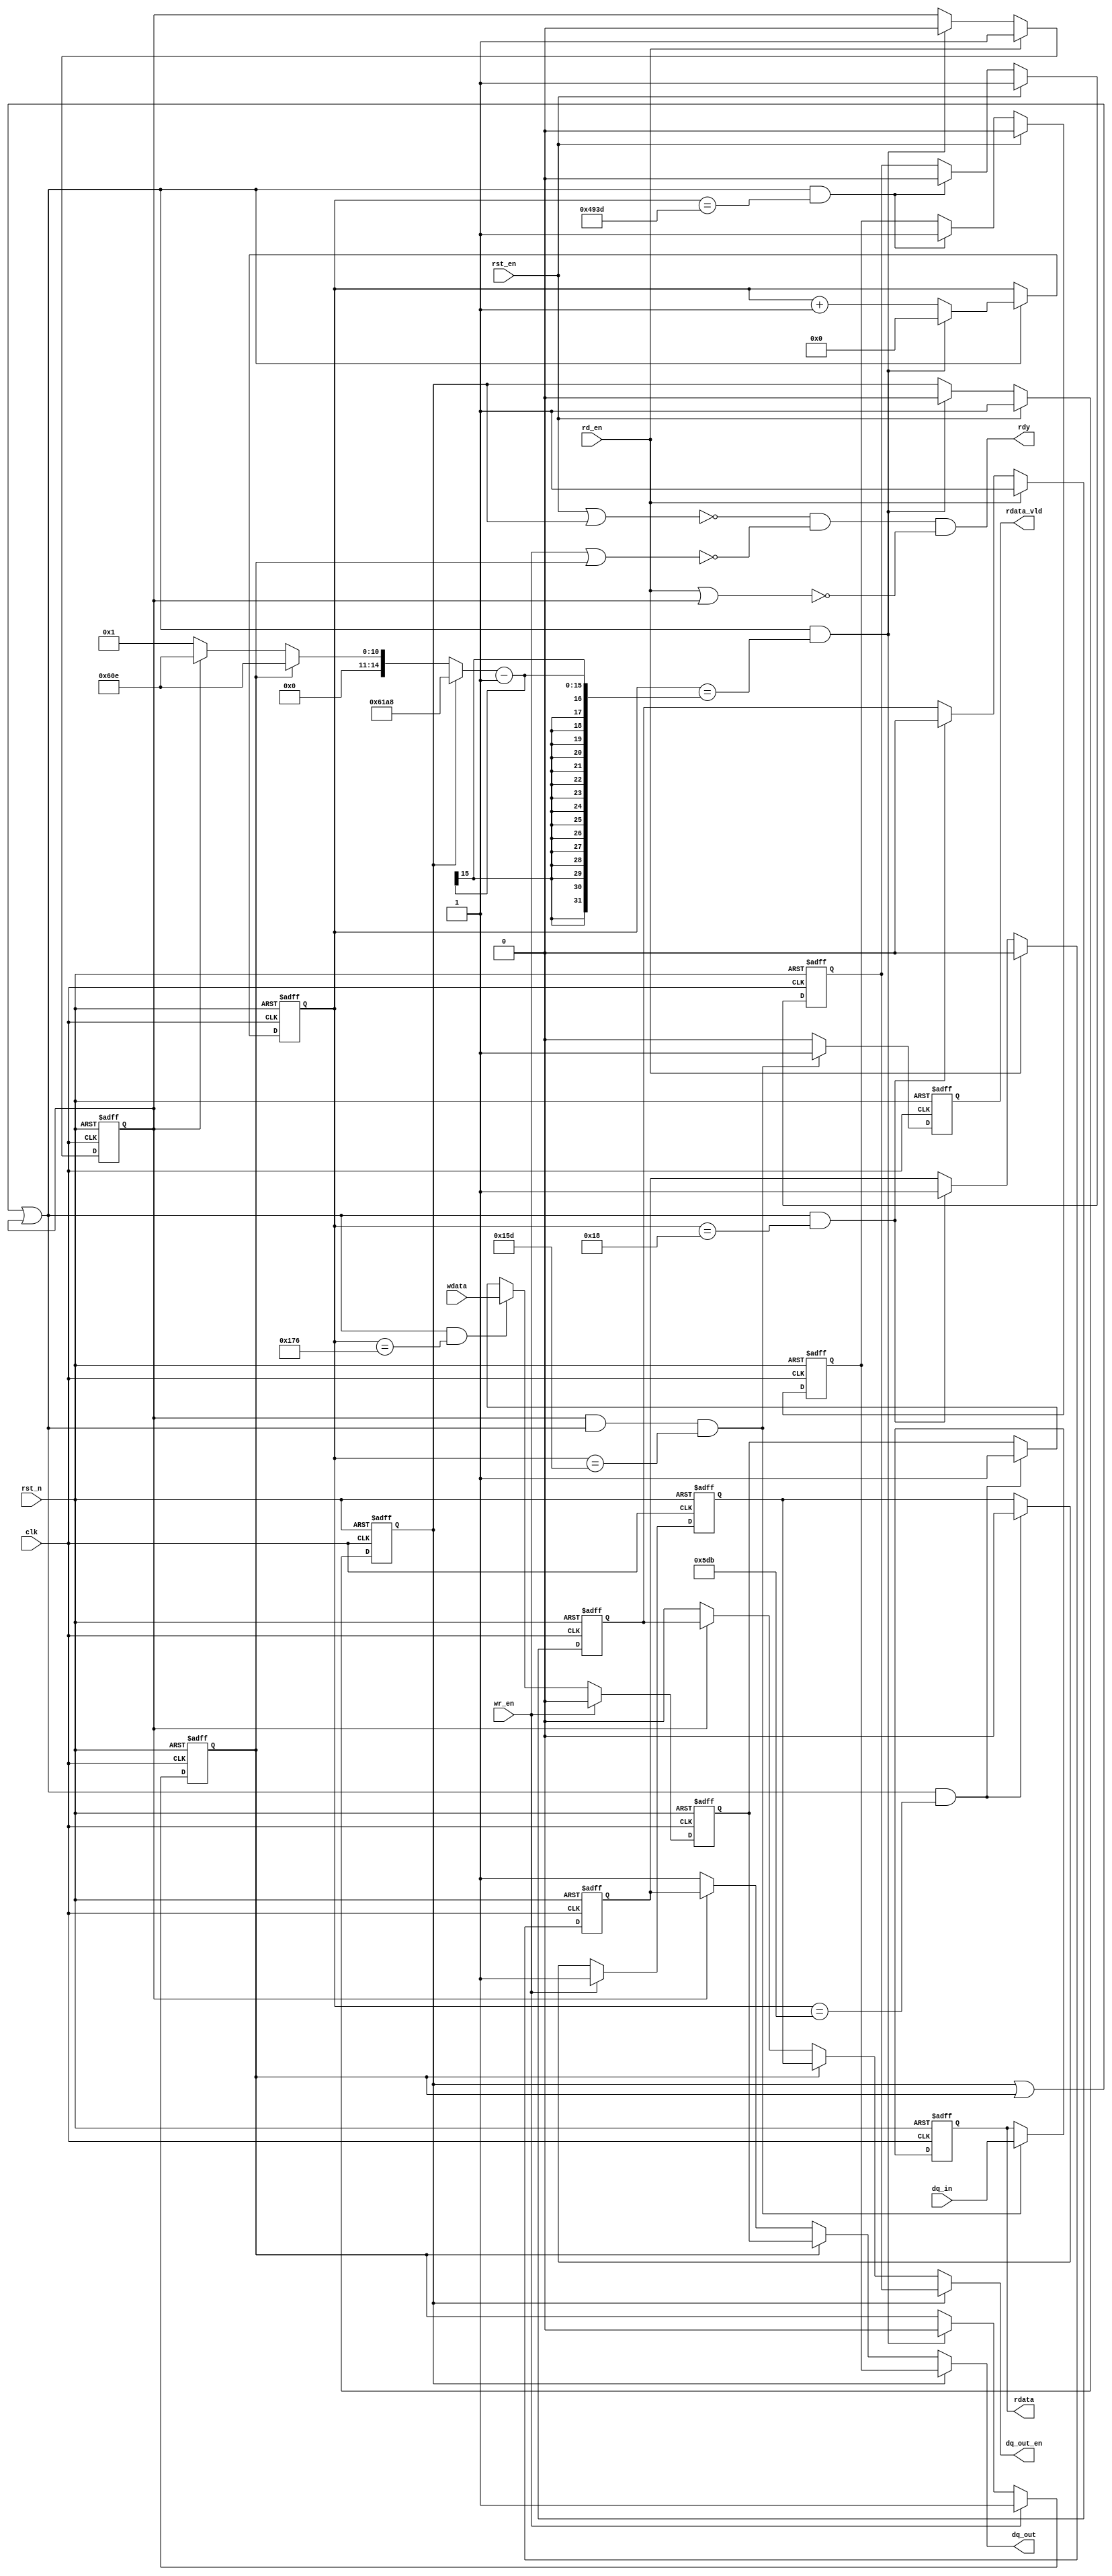
// 18b20 
// dq_outrdyalways

module ds_intf_bit(
    clk      ,
    rst_n    ,
    rst_en   ,
    wr_en    ,
    wdata    ,
    rd_en    ,
    rdata    ,
    rdata_vld,
    dq_out   ,
    dq_out_en,
    dq_in    , 
    rdy       
    );

    parameter        CNT_1000US = 15'd25000; // 1000us
    parameter        CNT_750US = 15'd18750;
    parameter        CNT_15US = 15'd375;
    parameter        CNT_60US = 15'd1500;
    parameter        CNT_62US = 15'd1550;
    parameter        CNT_1US  = 15'd25;
    parameter        CNT_14US = 15'd350;

    input               clk       ;
    input               rst_n     ;
    input               rst_en    ;
    input               wr_en     ;
    input               wdata     ;
    input               rd_en     ;
    input               dq_in     ;

    output reg             rdata     ;
    output reg             rdata_vld ;
    output reg             dq_out    ;
    output reg             dq_out_en ;
    output              rdy       ;

    

    reg  [14:0]         x;
    reg  [14:0]         cnt;
    wire                add_cnt;
    wire                end_cnt;
    reg                 flag_rst;
    reg                 dq_out1;
    reg                 dq_out_en1;
  
    reg                 flag_wr;
    reg                 dq_out2;
    reg                 dq_out_en2;

    reg                 flag_rd;
    reg                 dq_out3;
    reg                 dq_out_en3;

    wire                rdy1;
    wire                rdy2;
    wire                rdy3;

    // 
    always @(posedge clk or negedge rst_n)begin
        if(!rst_n)begin
            cnt <= 0;
        end
        else if(add_cnt)begin
            if(end_cnt)
                cnt <= 0;
            else
                cnt <= cnt + 1'b1;
        end
    end

    assign add_cnt = (flag_rst == 1'b1 || flag_wr == 1'b1 || flag_rd == 1'b1);       
    assign end_cnt = add_cnt && cnt== (x - 1);   

    always  @(*)begin
        if(flag_rst) begin
            x = CNT_1000US;
        end
        else if(flag_wr)begin
            x = CNT_62US;
        end
        else if(flag_rd)begin
            x = CNT_62US;
        end
        else begin
            x = 1;
        end
    end

    
    always  @(posedge clk or negedge rst_n)begin
        if(rst_n==1'b0)begin
            flag_rst <= 1'b0;
        end
        else if(rst_en == 1'b1)begin
            flag_rst <= 1'b1;
        end
        else if(end_cnt)begin
            flag_rst <= 1'b0;
        end
    end

    

    always  @(posedge clk or negedge rst_n)begin
        if(rst_n==1'b0)begin
            dq_out1 <= 1'b1;
        end
        else if(rst_en == 1'b1)begin
            dq_out1 <= 1'b0;
        end
        else if(add_cnt && cnt == (CNT_750US - 1))begin
            dq_out1 <= 1'b1;
        end
    end


    always  @(posedge clk or negedge rst_n)begin
        if(rst_n==1'b0)begin
            dq_out_en1 <= 1'b0;
        end
        else if(rst_en == 1'b1)begin
            dq_out_en1 <= 1'b1;
        end
        else if(add_cnt && cnt == (CNT_750US - 1))begin
            dq_out_en1 <= 1'b0;
        end
    end

    assign rdy1 = ~(rst_en | flag_rst);

    // 
    always  @(posedge clk or negedge rst_n)begin
        if(rst_n==1'b0)begin
            flag_wr <= 1'b0;
        end
        else if(wr_en == 1'b1)begin
            flag_wr <= 1'b1;
        end
        else if(end_cnt)begin
            flag_wr <= 1'b0;
        end
    end

    always  @(posedge clk or negedge rst_n)begin
        if(rst_n==1'b0)begin
            dq_out2 <= 1'b1;
        end
        else if(wr_en == 1'b1)begin
            dq_out2 <= 1'b0;
        end
        else if(add_cnt && cnt == (CNT_15US - 1))begin
            dq_out2 <= wdata;
        end
        else if(add_cnt && cnt == (CNT_60US - 1)) begin
            dq_out2 <= 1'b1;
        end
    end

    always  @(posedge clk or negedge rst_n)begin
        if(rst_n==1'b0)begin
            dq_out_en2 <= 1'b0;
        end
        else if(wr_en == 1'b1)begin
            dq_out_en2 <= 1'b1;
        end
        else if(add_cnt && cnt == (CNT_60US - 1))begin
            dq_out_en2 <= 1'b0;
        end
    end

    assign rdy2 = ~(wr_en | flag_wr);

    //  
    always  @(posedge clk or negedge rst_n)begin
        if(rst_n==1'b0)begin
            flag_rd <= 1'b0;
        end
        else if(rd_en == 1'b1)begin
            flag_rd <= 1'b1;
        end
        else if(end_cnt)begin
            flag_rd <= 1'b0;
        end
    end
    
    always  @(posedge clk or negedge rst_n)begin
        if(rst_n==1'b0)begin
            dq_out3 <= 1'b1;
        end
        else if(rd_en == 1'b1)begin
            dq_out3 <= 1'b0;
        end
        else if(add_cnt && cnt == (CNT_1US - 1))begin
            dq_out3 <= 1'b1;
        end
    end

    always  @(posedge clk or negedge rst_n)begin
        if(rst_n==1'b0)begin
            dq_out_en3 <= 1'b0;
        end
        else if(rd_en == 1'b1)begin
            dq_out_en3 <= 1'b1;
        end
        else if(add_cnt && cnt == (CNT_1US - 1))begin
            dq_out_en3 <= 1'b0;
        end
    end

    always  @(posedge clk or negedge rst_n)begin
        if(rst_n==1'b0)begin
            rdata <= 1'b0;
        end
        else if(flag_rd == 1'b1 && add_cnt && cnt == (CNT_14US - 1))begin
            rdata <= dq_in;
        end
    end

    always  @(posedge clk or negedge rst_n)begin
        if(rst_n==1'b0)begin
            rdata_vld <= 1'b0;
        end
        else if(flag_rd == 1'b1 && add_cnt && cnt == (CNT_14US - 1))begin
            rdata_vld <= 1'b1;
        end
        else begin
            rdata_vld <= 1'b0;
        end
    end

    assign rdy3 = ~(rd_en | flag_rd);

    always  @(*)begin
        if(flag_rst) begin
            dq_out = dq_out1;
            dq_out_en = dq_out_en1;
        end
        else if(flag_wr) begin
            dq_out = dq_out2;
            dq_out_en = dq_out_en2;
        end
        else if(flag_rd) begin
            dq_out = dq_out3;
            dq_out_en = dq_out_en3;
        end
        else begin
            dq_out = 1'b1;
            dq_out_en = 1'b0;
        end
    end

    assign rdy = (rdy1 && rdy2 && rdy3);

endmodule